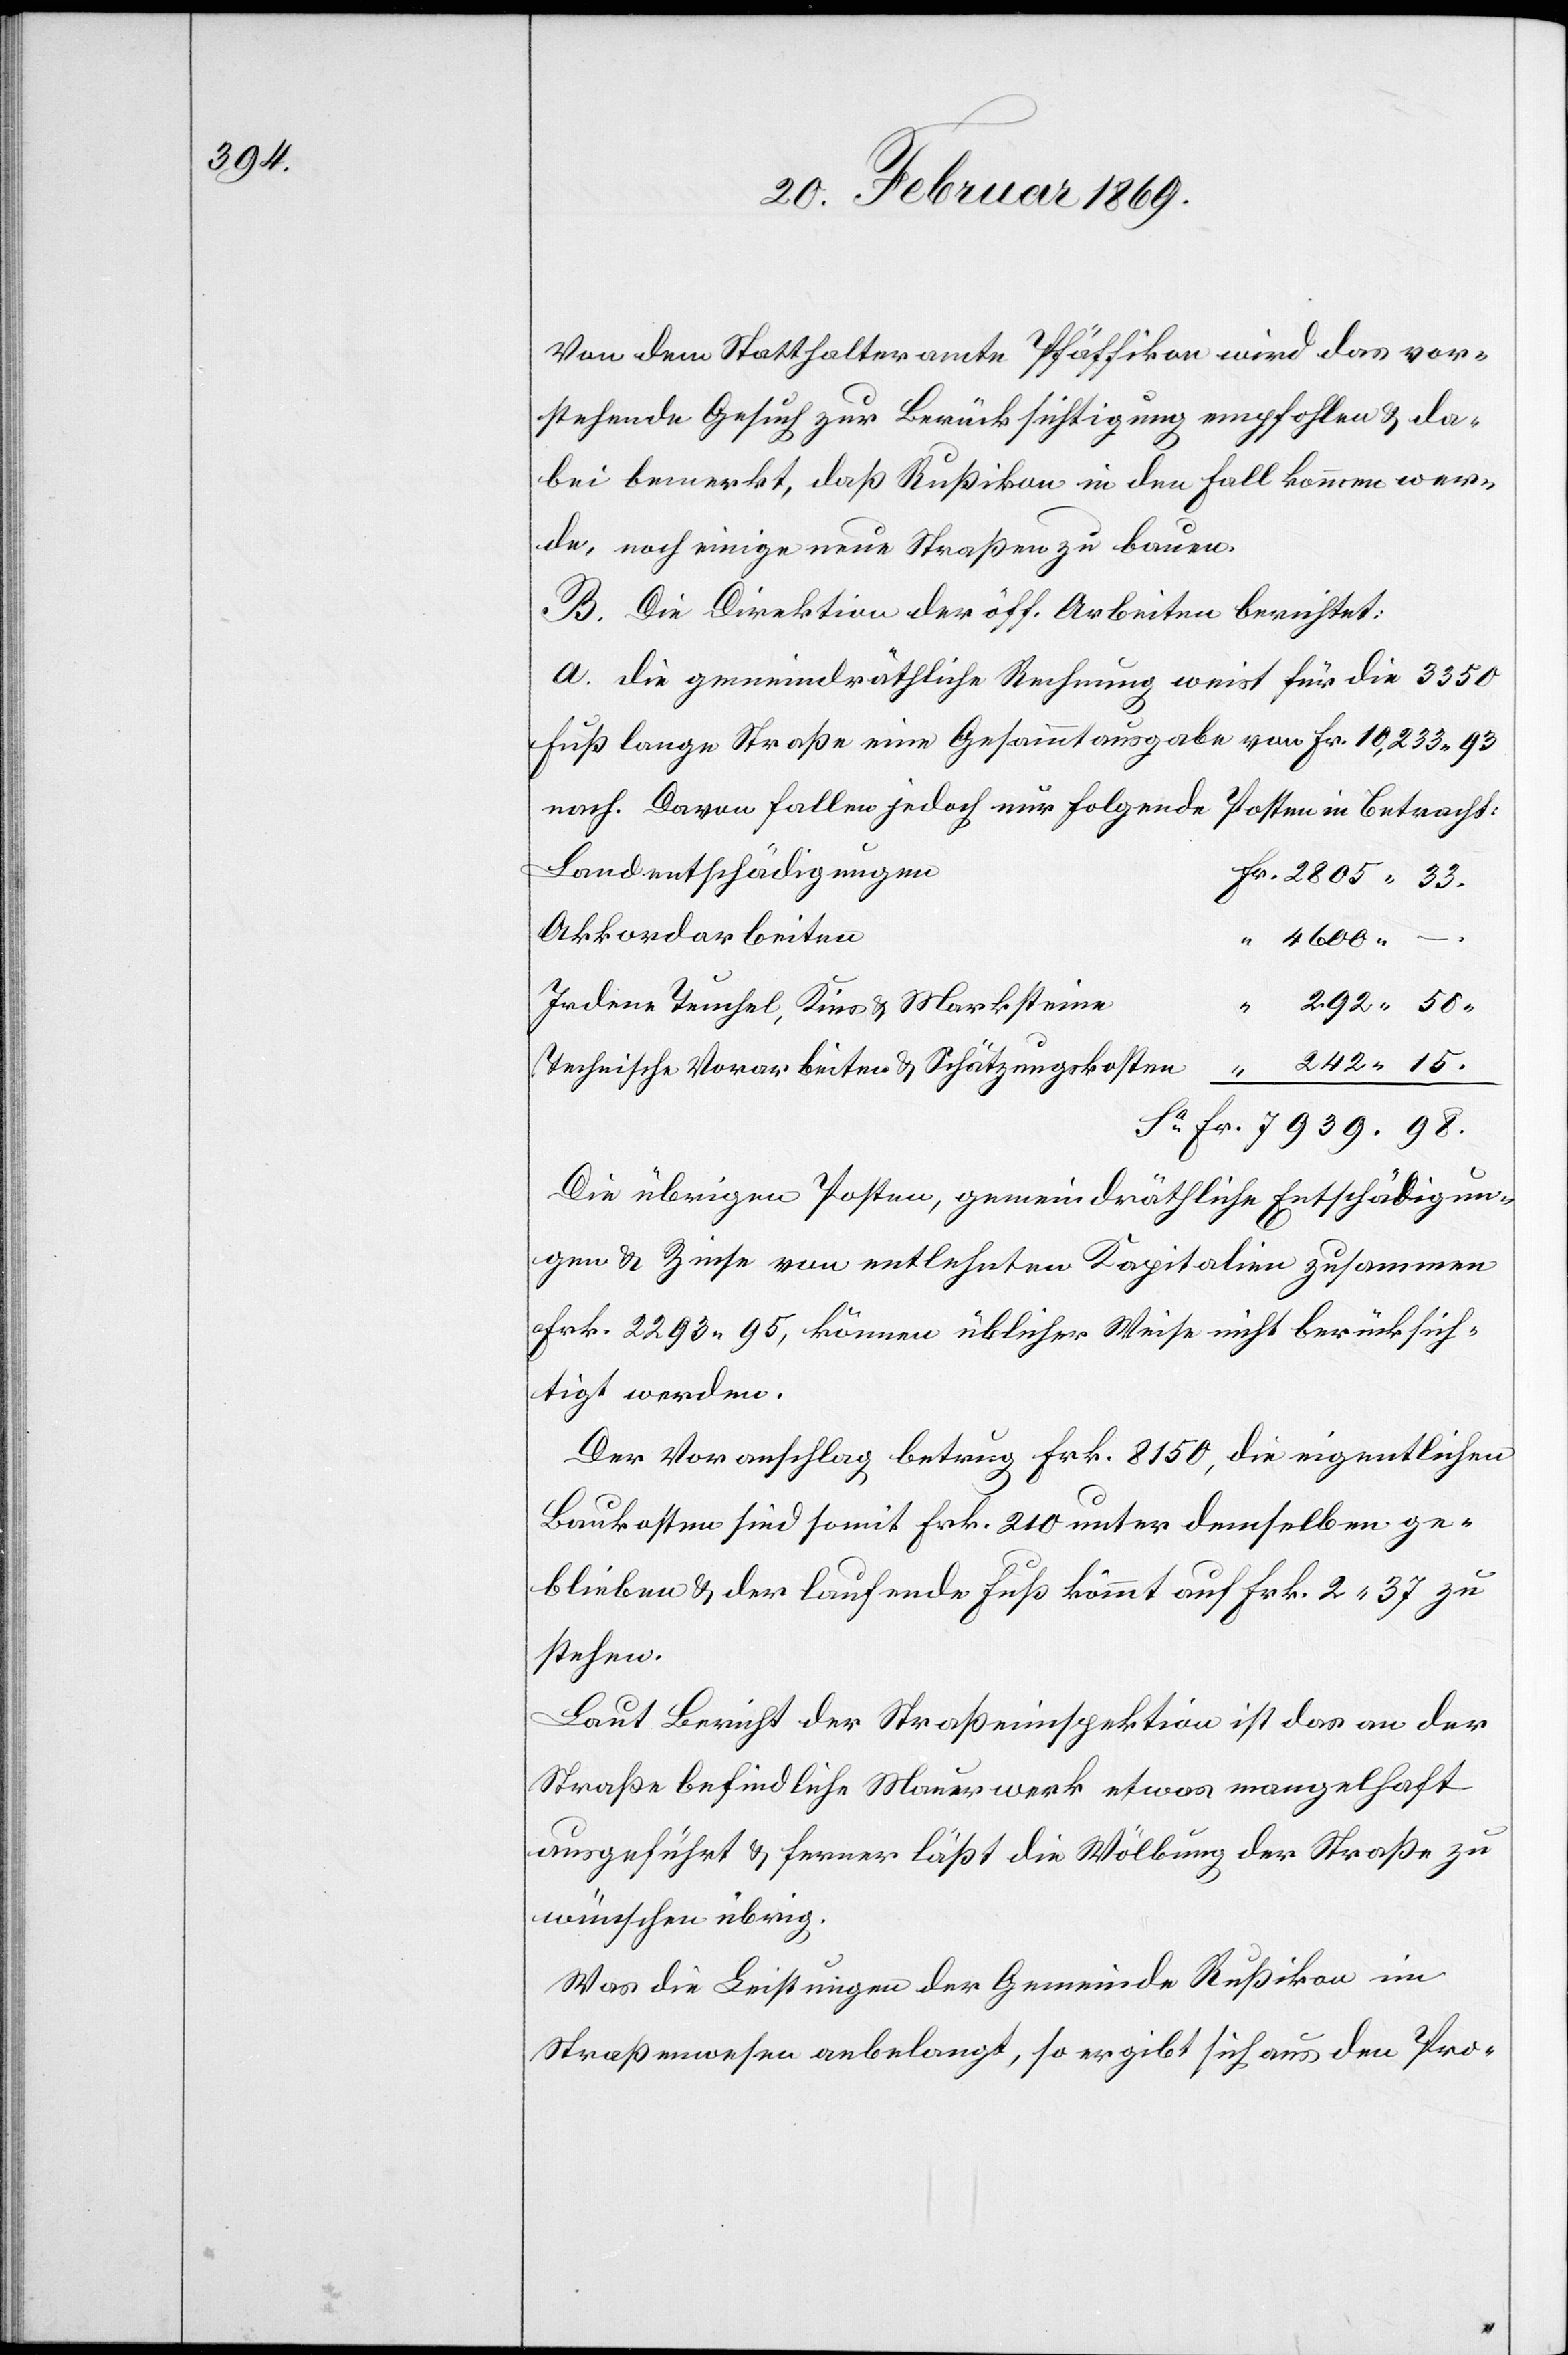
292

Von dem Statthalteramte Pfäffikon wird das vor¬
stehende Gesuch zur Berücksichtigung empfohlen & da¬
bei bemerkt, daß Rußikon in den Fall kommen wer¬
de, noch einige Straßen zu bauen.
B. Die Direktion der öff. Arbeiten berichtet:
a. Die gemeindräthliche Rechnung weist für die 3350
Fuß lange Straße eine Gesammtausgabe von Fr. 10,233.93
nach. Davon fallen jedoch nur folgende Posten in Betracht:
Landentschädigungen
Akkordarbeiten
Irdene Teuchel, Kies u. Marchsteine
Technische Vorarbeiten u. Schätzungskosten
Die übrigen Posten, gemeindräthliche Entschädigun¬
gen & Zinse von entlehnten Kapitalien zusammen
Frk. 2293 95, können üblicher Weise nicht berücksich¬
tigt werden.
Der Voranschlag betrug Frk. 8150, die eigentlichen
Baukosten sind somit Frk. 210 unter demselben ge¬
blieben & der laufende Fuß kömmt auf Frk. 2.37 zu
stehen.
Laut Bericht der Straßeninspektion ist das an der
Straße befindliche Mauerwerk etwas mangelhaft
ausgeführt & ferner läßt die Wölbung der Straße zu
wünschen übrig.
Was die Leistungen der Gemeinde Rußikon im
Straßenwesen anbelangt, so ergibt sich aus den Pro-